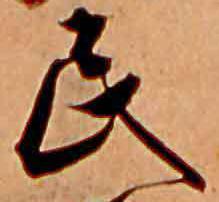
民